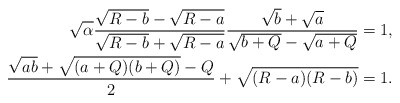
\begin{align*}\sqrt{\alpha}\frac{\sqrt{R-b}-\sqrt{R-a}}{\sqrt{R-b}+\sqrt{R-a}}\frac{\sqrt{b}+\sqrt{a}}{\sqrt{b+Q}-\sqrt{a+Q}}&=1,\\\frac{\sqrt{ab}+\sqrt{(a+Q)(b+Q)}-Q}{2}+\sqrt{(R-a)(R-b)}&=1.\end{align*}